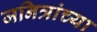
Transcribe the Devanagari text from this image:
जनित्रांच्या